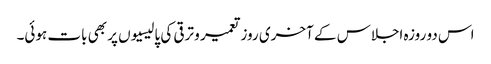
اس دو روزہ اجلاس کے آخری روز تعمیر و ترقی کی پالیسیوں پر بھی بات ہوئی۔